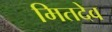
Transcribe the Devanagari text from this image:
मितदेव